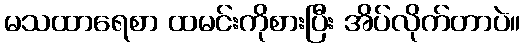
မသထာရေစာ ထမင်းကိုစားပြီး အိပ်လိုက်တာပဲ။